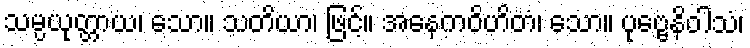
သမ္ပယုတ္တာယ၊ သော။ သတိယာ၊ ဖြင့်။ အနေကဝိဟိတံ၊ သော။ ပုဗ္ဗေနိဝါသံ၊